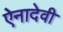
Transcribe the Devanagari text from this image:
ऐनादेवी